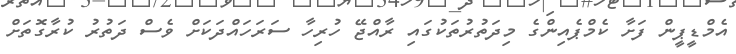
އެމްޑީޕީން ފަށާ ކެމްޕެއިންގެ މިދަތުރުތަކުގައި ރާއްޖޭ ހުރިހާ ސަރަހައްދަކަށް ވެސް ދަތުރު ކުރާގޮތަށް